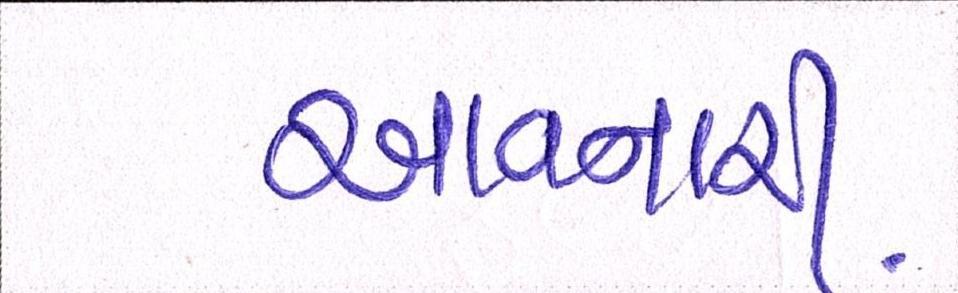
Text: આવનારી